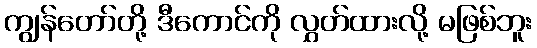
ကျွန်တော်တို့ ဒီကောင်ကို လွှတ်ထားလို့ မဖြစ်ဘူး